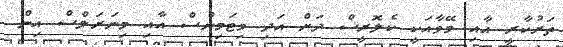
ތަރުކާރީ އާއި މޭވާއަކީ ކެލޮރީސް ދަށް އަދި ވިޓަމިންސް އާއި މިނަރަލްސް އިން